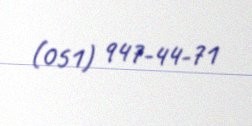
(051) 947-44-71